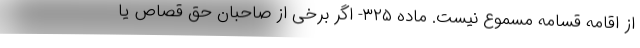
از اقامه قسامه مسموع نیست. ماده ۳۲۵- اگر برخی از صاحبان حق قصاص یا